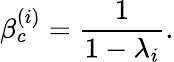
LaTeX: \beta_{c}^{(i)}=\frac{1}{1-\lambda_{i}}.